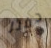
دفتر